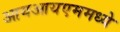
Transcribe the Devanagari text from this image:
आयआयएममध्ये